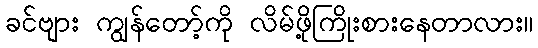
ခင်ဗျား ကျွန်တော့်ကို လိမ်ဖို့ကြိုးစားနေတာလား။